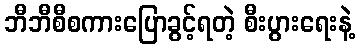
ဘီဘီစီစကားပြောခွင့်ရတဲ့ စီးပွားရေးနဲ့